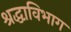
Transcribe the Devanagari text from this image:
श्रद्धाविभाग